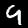
Digit: 9